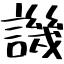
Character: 譏